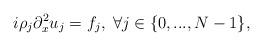
LaTeX: \begin{align*}i \rho_j \partial_x^2u_{j}=f_{j} ,\; \forall j\in\{0,...,N-1\},\end{align*}